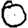
Digit: 0